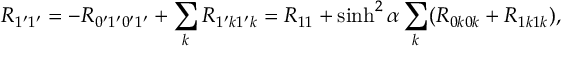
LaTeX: R _ { 1 ^ { \prime } 1 ^ { \prime } } = - R _ { 0 ^ { \prime } 1 ^ { \prime } 0 ^ { \prime } 1 ^ { \prime } } + \sum _ { k } R _ { 1 ^ { \prime } k 1 ^ { \prime } k } = R _ { 1 1 } + \sinh ^ { 2 } \alpha \sum _ { k } ( R _ { 0 k 0 k } + R _ { 1 k 1 k } ) ,